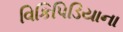
વિકિપિડિયાના